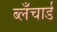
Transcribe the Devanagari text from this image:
ब्लँचार्ड